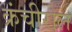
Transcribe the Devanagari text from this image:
क्रंचीरोल